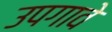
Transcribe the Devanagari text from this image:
उपगावे